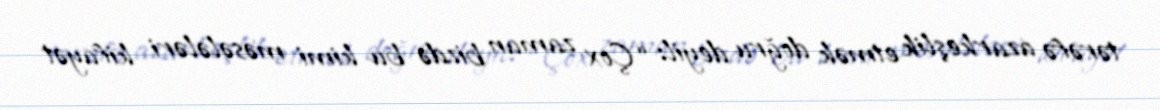
tərəfə azarkeşlik etmək doğru deyil: “Çox zaman bizdə bu kimi məsələləri kifayət